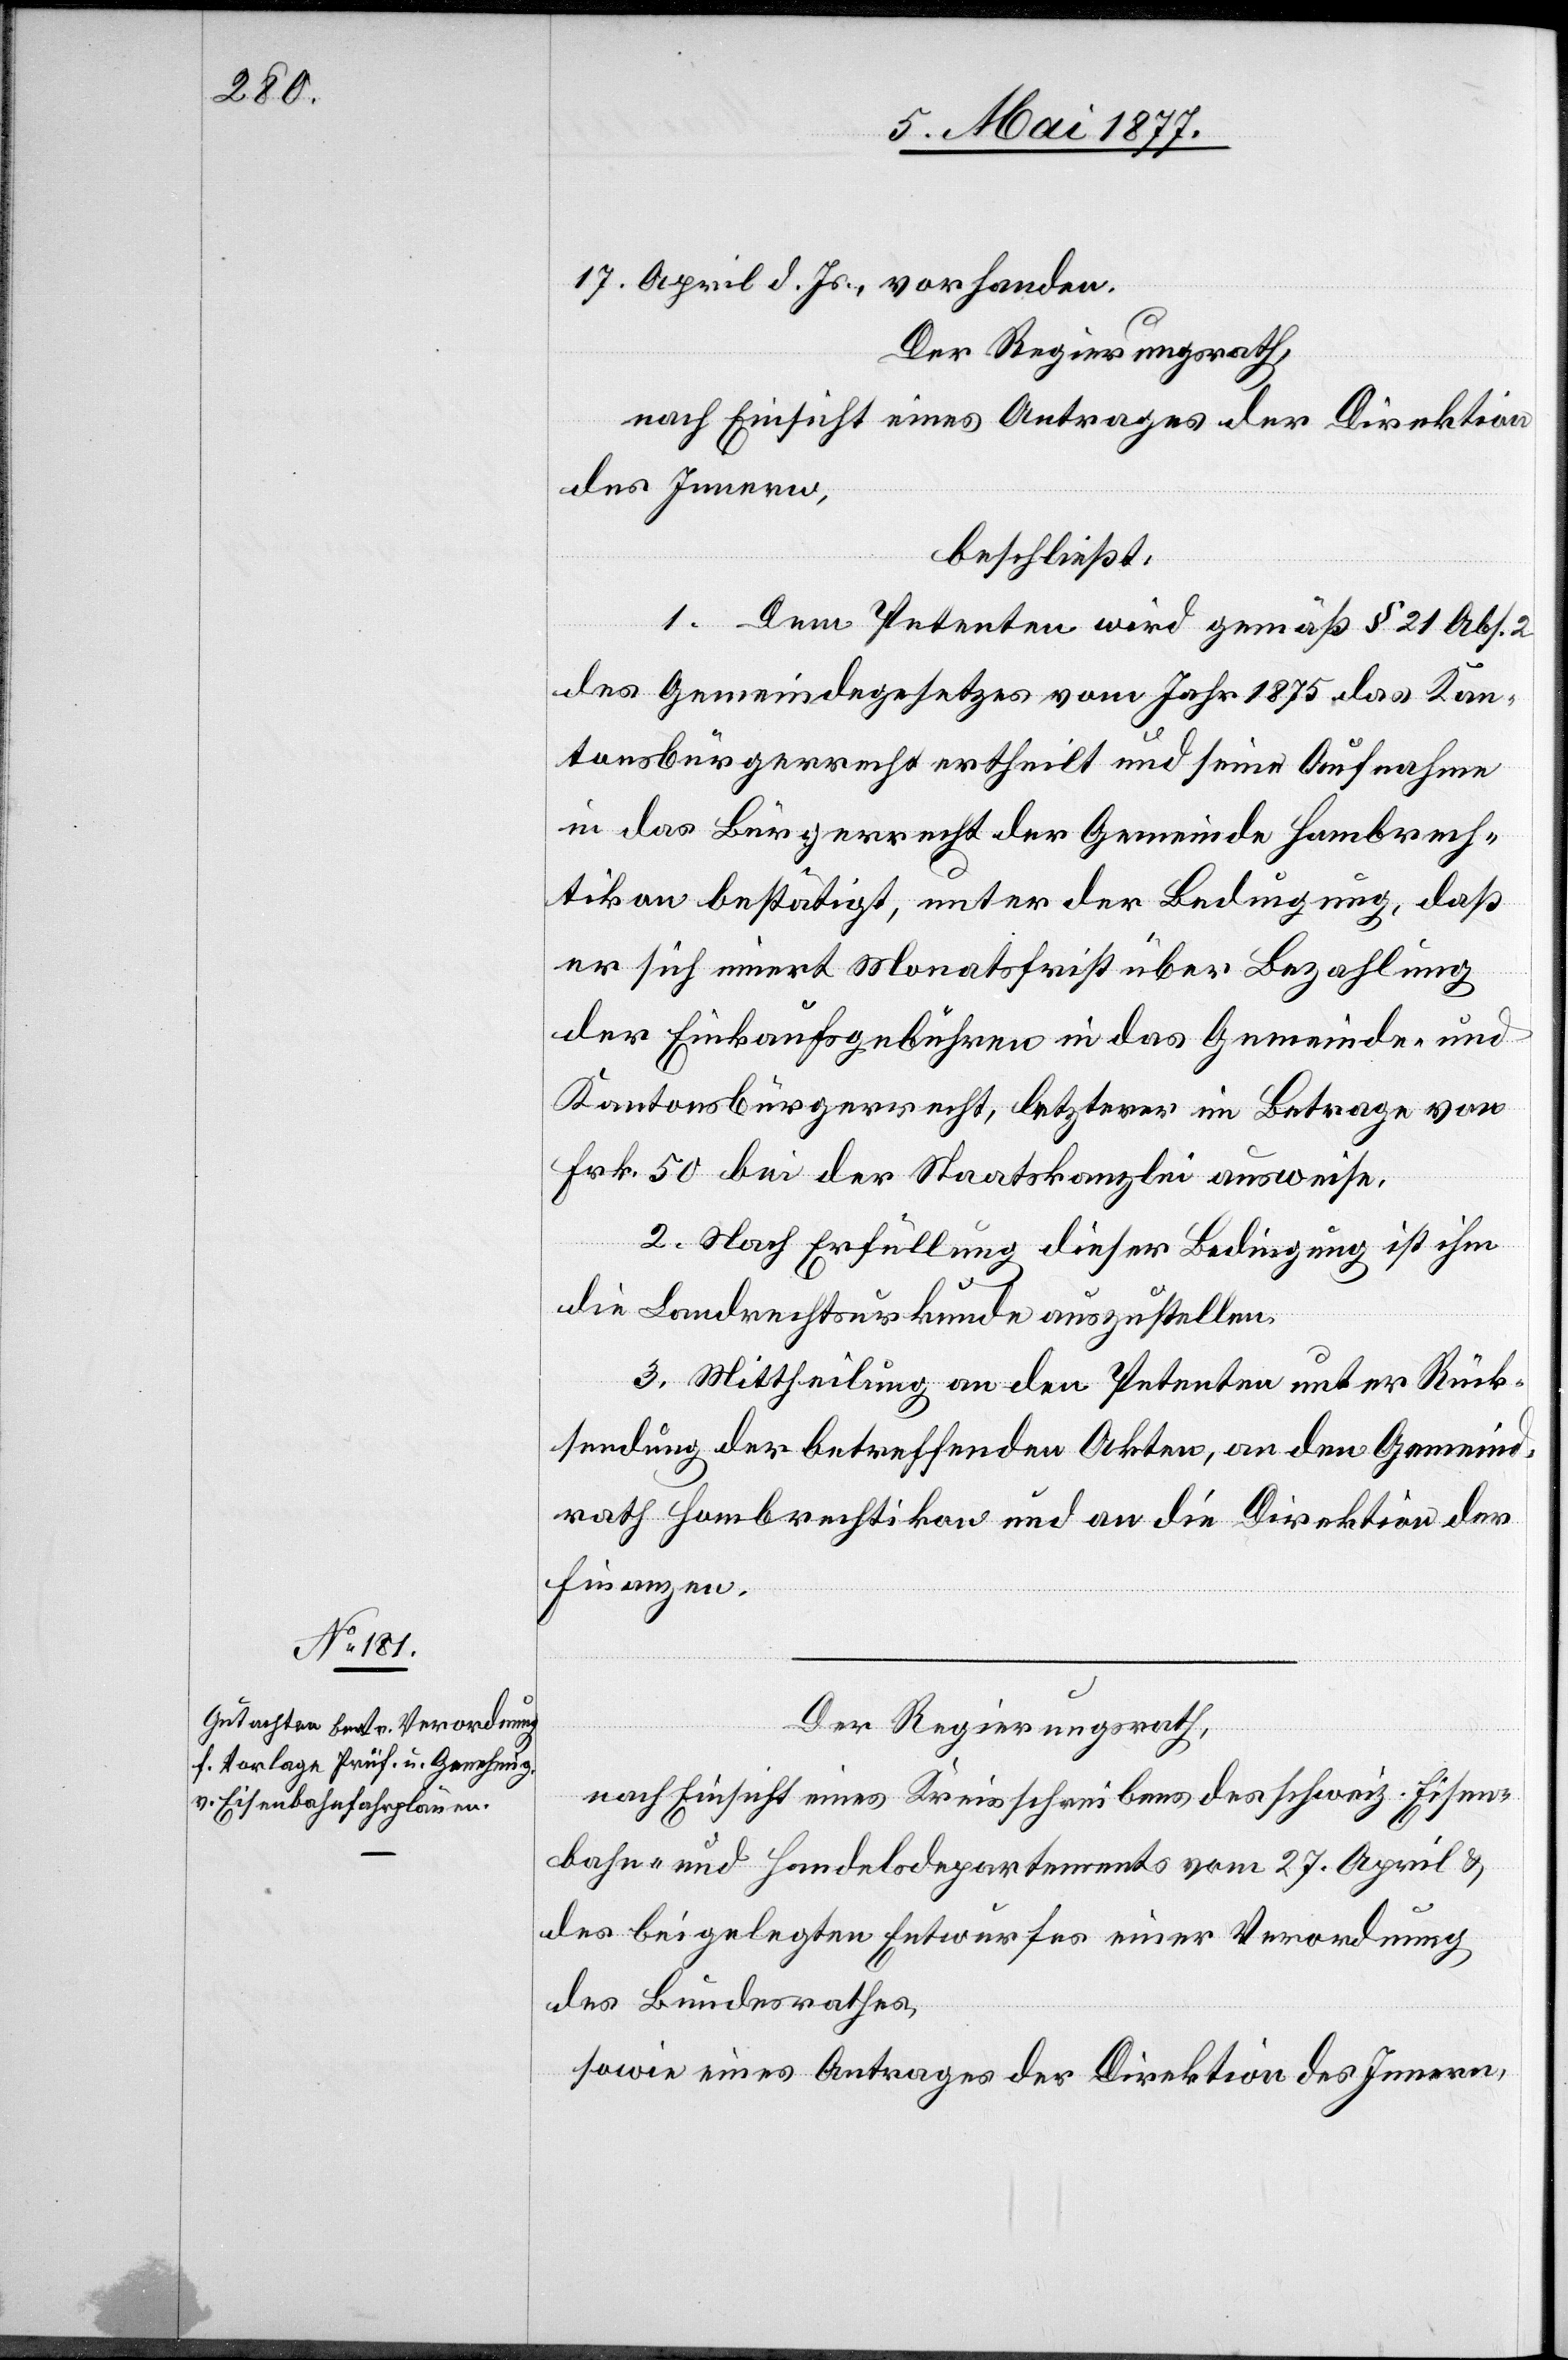
17. April d. Js., vorhanden.
Der Regierungsrath,
nach Einsicht eines Antrages der Direktion
des Innern,
beschließt:
1. Dem Petenten wird gemäß § 21 Abs. 2
des Gemeindegesetzes vom Jahr 1875 das Kan¬
tonsbürgerrecht ertheilt und seine Aufnahme
in das Bürgerrecht der Gemeinde Hombrech¬
tikon bestätigt, unter der Bedingung, daß
er sich innert Monatsfrist über Bezahlung
der Einkaufsgebühren in das Gemeinde- und
Kantonsbürgerrecht, letzterer im Betrage von
Frk. 50 bei der Staatskanzlei ausweise.
2. Nach Erfüllung dieser Bedingung ist ihm
die Landrechtsurkunde auszustellen.
3. Mittheilung an den Petenten unter Rück¬
sendung der betreffenden Akten, an den Gemeind¬
rath Hombrechtikon und an die Direktion der
Finanzen.
Der Regierungsrath,
nach Einsicht eines Kreisschreibens des schweiz. Eisen¬
bahn- und Handelsdepartements vom 27. April &
des beigelegten Entwurfes einer Verordnung
des Bundesrathes,
sowie eines Antrages der Direktion des Innern,